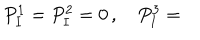
P _ { I } ^ { 1 } = P _ { I } ^ { 2 } = 0 \, , \quad P _ { I } ^ { 3 } =